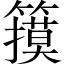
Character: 𱸬